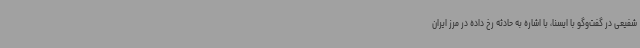
شفیعی در گفت‌وگو با ایسنا، با اشاره به حادثه رخ داده در مرز ایران